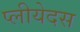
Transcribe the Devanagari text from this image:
प्लीयेदस